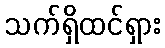
သက်ရှိထင်ရှား